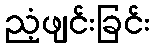
ညံ့ဖျင်းခြင်း